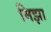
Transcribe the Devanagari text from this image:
मिझा